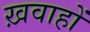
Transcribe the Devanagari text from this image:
ख़वाहों